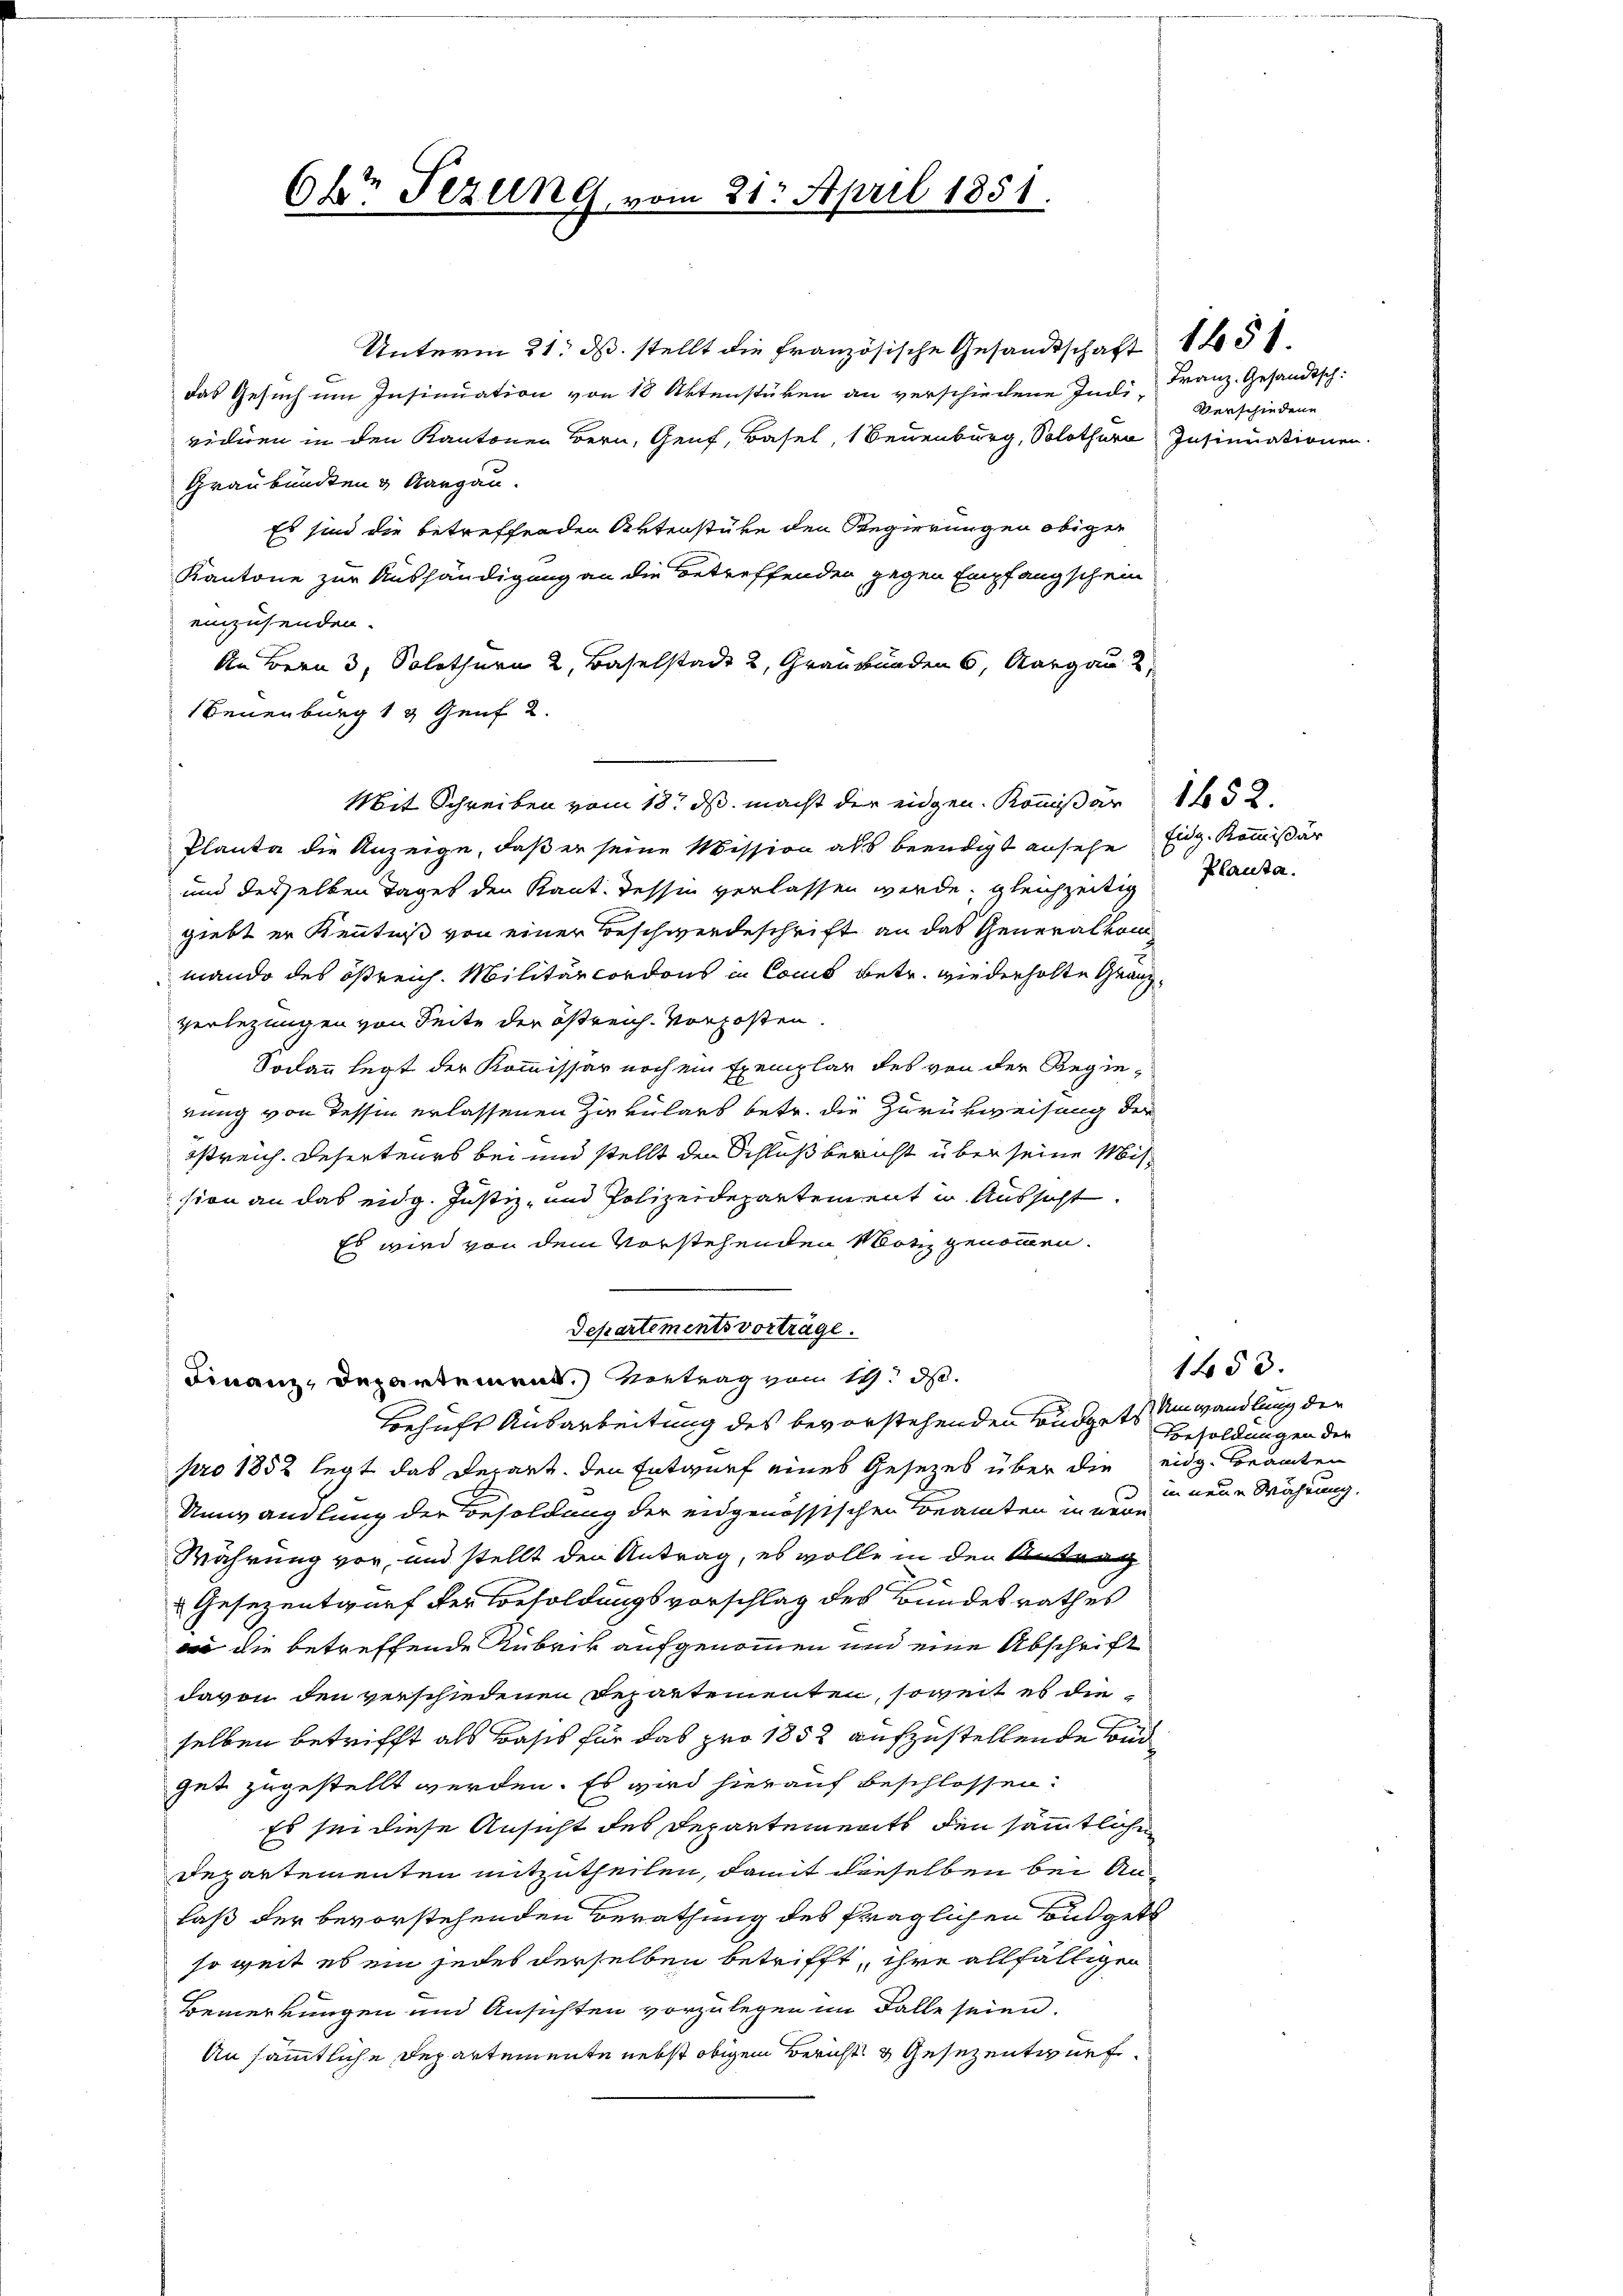
Okt Fezung vom 21. April 1851.

Unterm 21. ds. stellt die französische Gesandtschaft 1451.
das Gesuch um Insinuation von 18 Aktenstüken an verschiedene Indi- Verschiedene
viduen in den Kantonen Bern, Genf, Basel, 1 Neuenburg, Solothurn Insinuationen
Graubünden & Aargau.
Es sind die betreffenden Aktenstüke den Regierungen obiger
Kantone zur Aushändigung an die betreffenden gegen Empfangschein
einzusenden.
An Bern 3, Solothurn 2, Baselstadt 2, Graubünden 6, Aargau u
Neuenburg 13 Genf 2.
Mit Schreiben vom 18t ds macht der eidgen. Kommißär 152.
Planta die Anzeige, daß er seine Mission als beendigt ansehe Eidg. Kommißär
und desselben Tages den Kant. Tessin verlassen werde, gleichzeitig
giebt er Kenntniß von einer Beschwerdeschrift an das Generalkom
mando des ößreich. Militärcordons in Cons betr. wiederholte Granz¬
Verlegungen von Seite der östreich-Vorposten.
Sodann legt der Kommissär noch ein Exemplar des von der Regierung von dessen erlassenen Zirkulars betr. die Zurückweisung der
streich. Deserteurs bei und stellt den Schluß bericht über seine Mission an das eidg. Justiz- und Polizeidepartement in Aussicht.
Es wird von dem Vorstehenden Notiz genommen.
Departementsvorträge.
Finanz-Departement.) Vertrag vom 14. d.
Behufs Ausarbeitung des bevorstehenden Budgets Umwandlung der
pro 1852 legt das Depart, den Entwurf eines Gesetzes über die eidg. Beamten
Umwandlung der Besoldung der eidgenössischen Beamten in neue
Währung vor, und stellt den Antrag, es wolle in den Antrag
x
Gesezentwurf der Besoldungsvorschlag des Bundesrathes
 die betreffende Rubrik aufgenommen und eine Abschrift
davon den verschiedenen Departementen, soweit es die
selben betrifft als Basis für das pro 1858 aufzustellende Bed
gut zugestellt werden. Es wird hierauf beschlossen:
Es sei diese Ansicht des Departements den sämmtlichen
Departementen mitzutheilen, damit dieselben bei Anlaß der bevorstehenden Berathung des fraglichen Budgets
so weit es ein jedes derselben betrifft, ihre allfälligen
Bemerkungen und Ansichten vorzulegen im Falle seien.
An sämmtliche Departemente nebst obigen Bericht & Gesezentwurf.

Franz. Gesandtsch:

Planta.

1453.
Besoldungen der
in neue Währung.